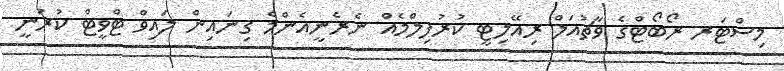
މިސްޓަރ ރޯބޯޓްގެ ވާޗުއަލް ރިއޭލިޓީ ކުރުފިލްމެއް ނެރެނީއެންމެ ގިނައިން ލައިވް ޓްވީޓް ކުރަނީ